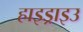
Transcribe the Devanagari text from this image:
हाइड्राइउ